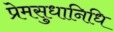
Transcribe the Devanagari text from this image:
प्रेमसुधानिधि